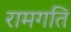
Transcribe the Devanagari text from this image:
रामगति